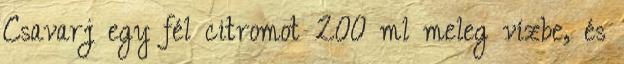
Csavarj egy fél citromot 200 ml meleg vízbe, és